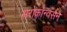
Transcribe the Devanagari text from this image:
सरोकॉन्वर्सन